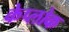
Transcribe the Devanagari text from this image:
केप्लोक